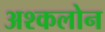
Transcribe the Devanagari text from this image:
अश्कलोन